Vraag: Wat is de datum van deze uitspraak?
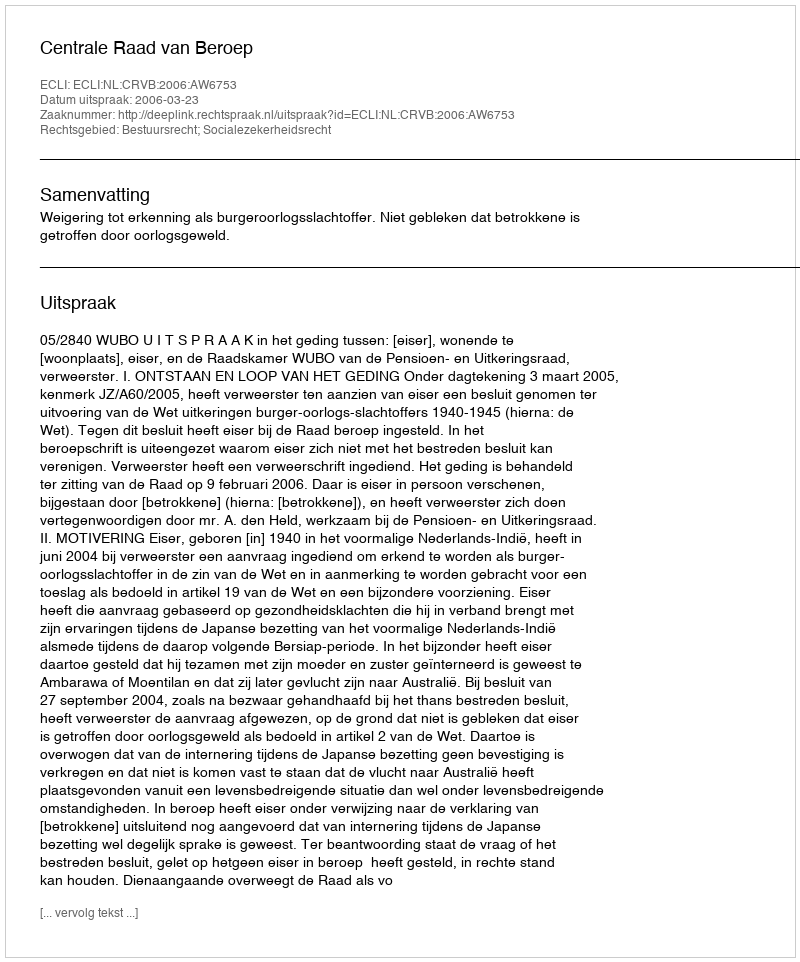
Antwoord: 2006-03-23